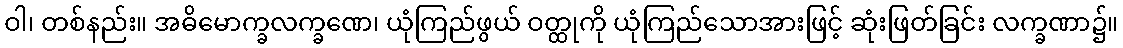
ဝါ၊ တစ်နည်း။ အဓိမောက္ခလက္ခဏေ၊ ယုံကြည်ဖွယ် ဝတ္ထုကို ယုံကြည်သောအားဖြင့် ဆုံးဖြတ်ခြင်း လက္ခဏာ၌။